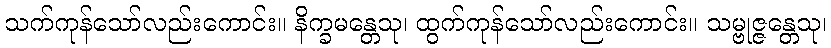
သက်ကုန်သော်လည်းကောင်း။ နိက္ခမန္တေသု၊ ထွက်ကုန်သော်လည်းကောင်း။ သမ္ဗုဇ္ဇန္တေသု၊